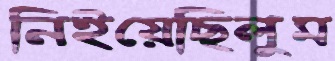
নিইয়েছিলুম